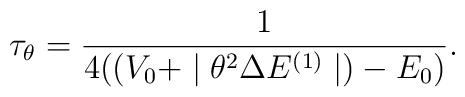
\tau_{\theta}=\frac{1}{4((V_{0}+\mid\theta^{2}\Delta E^{(1)}\mid)-E_{0})} .